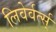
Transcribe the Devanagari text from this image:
लिवेर्वर्त्स्